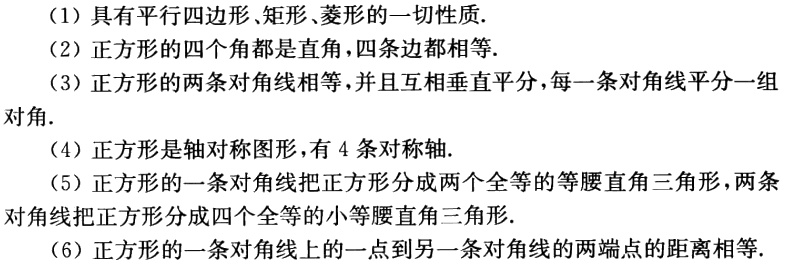
（1）具有平行四边形、矩形、菱形的一切性质.
（2）正方形的四个角都是直角，四条边都相等.
（3）正方形的两条对角线相等，并且互相垂直平分，每一条对角线平分一组对角.
（4）正方形是轴对称图形，有 4 条对称轴.
（5）正方形的一条对角线把正方形分成两个全等的等腰直角三角形，两条对角线把正方形分成四个全等的小等腰直角三角形.
（6）正方形的一条对角线上的一点到另一条对角线的两端点的距离相等.